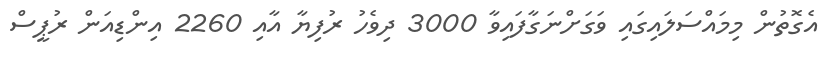
އެގޮތުން މިމައްސަލައިގައި ވަގަށްނަގާފައިވާ 3000 ދިވެހު ރުފިޔާ އާއި 2260 އިންޑިއަން ރުޕީސް